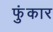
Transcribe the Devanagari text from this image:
फुंकार